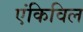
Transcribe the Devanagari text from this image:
एंकिविल